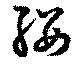
纓